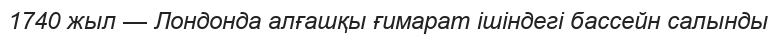
1740 жыл — Лондонда алғашқы ғимарат ішіндегі бассейн салынды